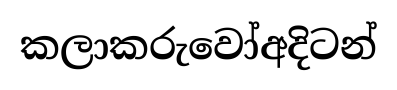
කලාකරුවෝඅදිටන්